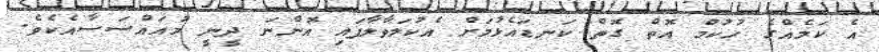
އެ ކަމެއްގެ ހުކުމް އޮތް ގޮތް ކަނޑައެޅުމަށް އެކުލަވާލާފައި އޮންނަ ދީނީ މުއައްސަސާއެކެވެ.